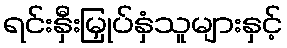
ရင်းနှီးမြှုပ်နှံသူများနှင့်